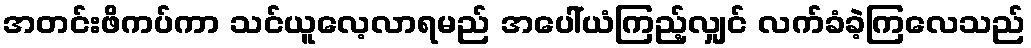
အတင်းဖိကပ်ကာ သင်ယူလေ့လာရမည် အပေါ်ယံကြည့်လျှင် လက်ခံခဲ့ကြလေသည်